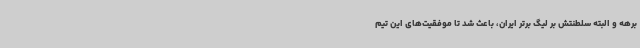
برهه و البته سلطنتش بر لیگ برتر ایران، باعث شد تا موفقیت‌های این تیم